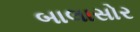
બાલાસોર